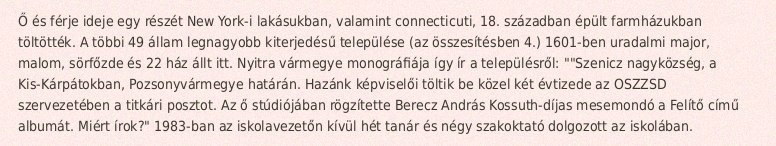
Ő és férje ideje egy részét New York-i lakásukban, valamint connecticuti, 18. században épült farmházukban töltötték. A többi 49 állam legnagyobb kiterjedésű települése (az összesítésben 4.) 1601-ben uradalmi major, malom, sörfőzde és 22 ház állt itt. Nyitra vármegye monográfiája így ír a településről: ""Szenicz nagyközség, a Kis-Kárpátokban, Pozsonyvármegye határán. Hazánk képviselői töltik be közel két évtizede az OSZZSD szervezetében a titkári posztot. Az ő stúdiójában rögzítette Berecz András Kossuth-díjas mesemondó a Felítő című albumát. Miért írok?" 1983-ban az iskolavezetőn kívül hét tanár és négy szakoktató dolgozott az iskolában.